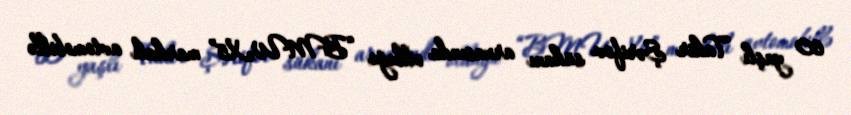
60 yaşlı Tahir Şərifov sükanı arxasında olduğu “BMW-X5” markalı avtomobillə